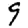
Digit: 9